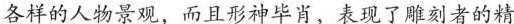
各样的人物景观，而且形神毕肖，表现了雕刻者的精